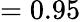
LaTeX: =0.95